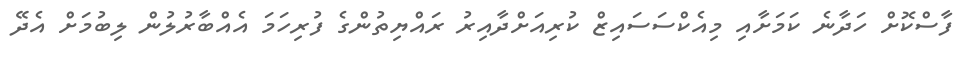
ފާސްކޮށް ހަދާނެ ކަމަށާއި މިއެކްސަސައިޒް ކުރިއަށްދާއިރު ރައްޔިތުންގެ ފުރިހަމަ އެއްބާރުލުން ލިބުމަށް އެދޭ